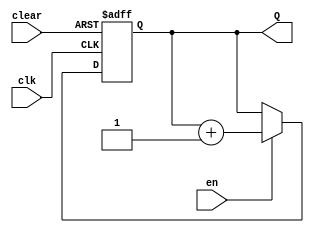


module counter8new (en, clear, clk, Q);
    input en, clear, clk;
    output reg [7:0] Q;
    
    always @(posedge clk or negedge clear) begin
   	 if (!clear)
   		 Q <= 0;
   	 else if (en) begin
   		 Q <= Q + 1;
   	 end
    end
endmodule